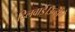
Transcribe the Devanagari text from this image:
दिलवाई।उन्होंने